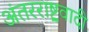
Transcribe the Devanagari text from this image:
अंतरराष्ट्रवादी